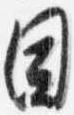
目